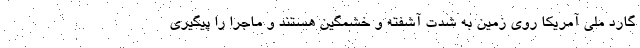
گارد ملی آمریکا روی زمین به شدت آشفته و خشمگین هستند و ماجرا را پیگیری